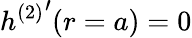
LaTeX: h{^{(2)}}^{\prime}(r=a)=0